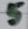
Text: 5